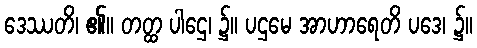
ဒေဿတိ၊ ၏။ တတ္ထ ပါဌေ၊ ၌။ ပဌမေ အာဟာရေတိ ပဒေ၊ ၌။